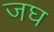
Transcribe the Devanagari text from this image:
जघ